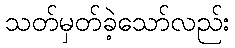
သတ်မှတ်ခဲ့သော်လည်း